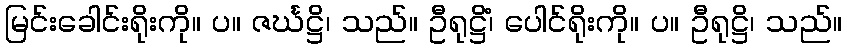
မြင်းခေါင်းရိုးကို။ ပ။ ဇင်္ဃဋ္ဌိ၊ သည်။ ဦရုဋ္ဌိံ၊ ပေါင်ရိုးကို။ ပ။ ဦရုဋ္ဌိ၊ သည်။